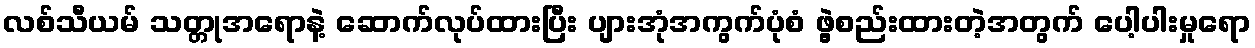
လစ်သီယမ် သတ္တုအရောနဲ့ ဆောက်လုပ်ထားပြီး ပျားအုံအကွက်ပုံစံ ဖွဲ့စည်းထားတဲ့အတွက် ပေါ့ပါးမှုရော